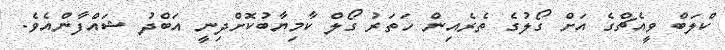
ކްލަބް ވީއެޗްގެ އަށް ގޯލުގެ ތެރެއިން ހަތަރު ގޯލް ކާމިޔާބުކޮށްދިނީ އަބްދު ޝައްފާންއެވެ.